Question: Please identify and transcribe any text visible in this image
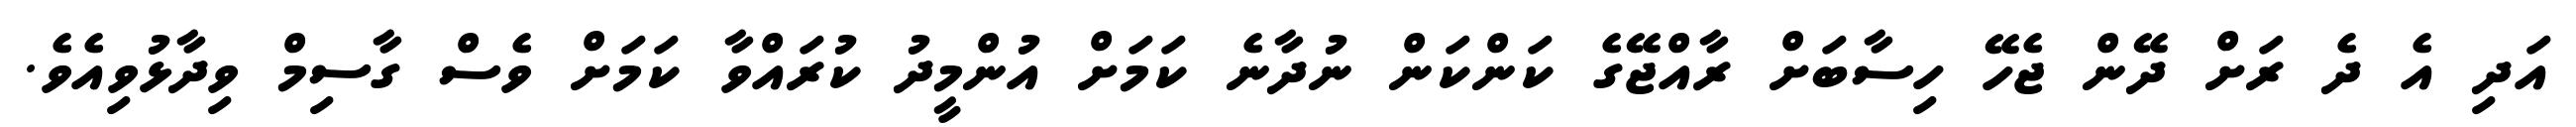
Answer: އަދި އެ ދެ ރަށް ދޭން ޖެހޭ ހިސާބަށް ރާއްޖޭގެ ކަންކަން ނުދާނެ ކަމަށް އުންމީދު ކުރައްވާ ކަމަށް ވެސް ގާސިމް ވިދާޅުވިއެވެ.